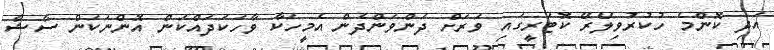
އަދި ކޮންމެ ހުކުރުވިލޭރޭ ކޮޓަރީގައި ވަރަށް ދަންވަންދެން އެމީހަކާ ވާހަކަދައްކަން އޮންނަކަން ސާޝާ